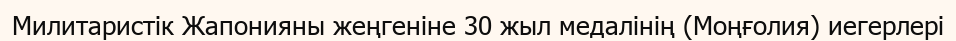
Милитаристік Жапонияны жеңгеніне 30 жыл медалінің (Моңғолия) иегерлері